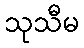
သုသီမ